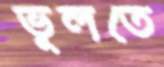
ভূলতে